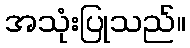
အသုံးပြုသည်။